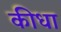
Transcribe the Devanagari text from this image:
कीधा